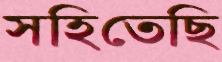
সহিতেছি